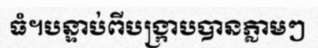
ធំ។បន្ទាប់ពីបង្ក្រាបបានភ្លាមៗ